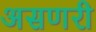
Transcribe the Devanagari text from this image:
असणरी